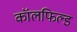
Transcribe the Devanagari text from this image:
कॉलफिल्ड